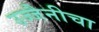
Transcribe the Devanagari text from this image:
उज्जैनीचा